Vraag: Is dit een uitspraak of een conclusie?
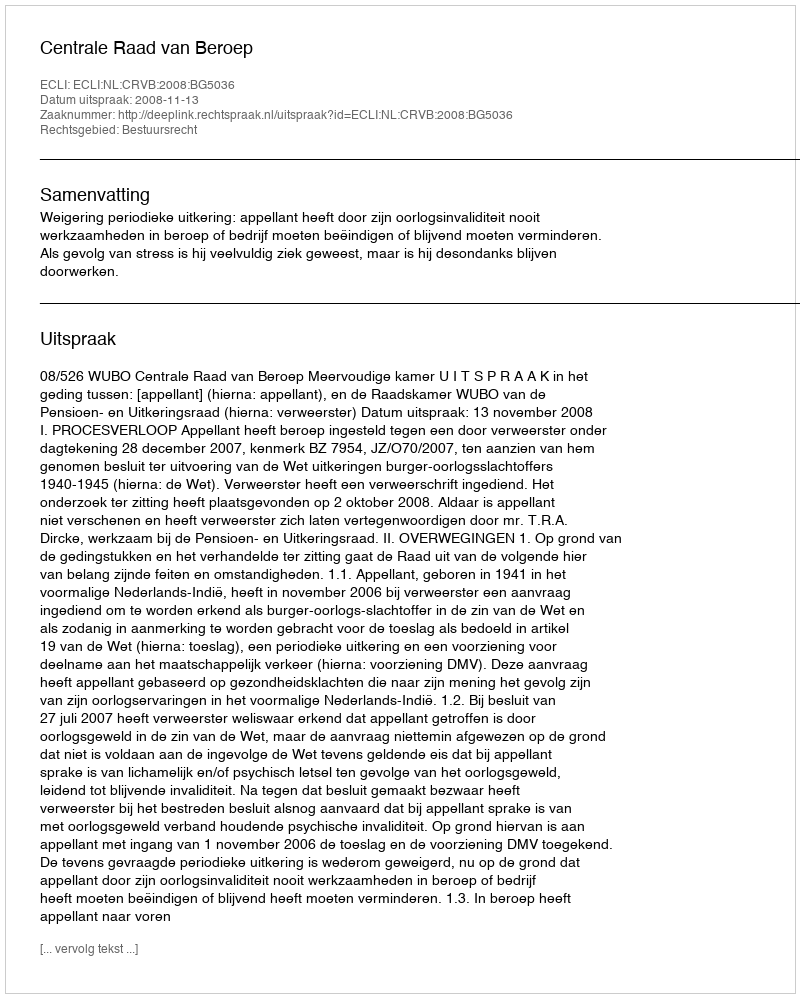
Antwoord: Uitspraak